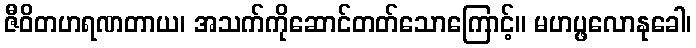
ဇီဝိတဟရဏတာယ၊ အသက်ကိုဆောင်တတ်သောကြောင့်။ မဟပ္ဖလောနုခေါ၊